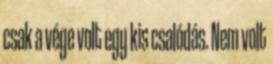
csak a vége volt egy kis csalódás. Nem volt